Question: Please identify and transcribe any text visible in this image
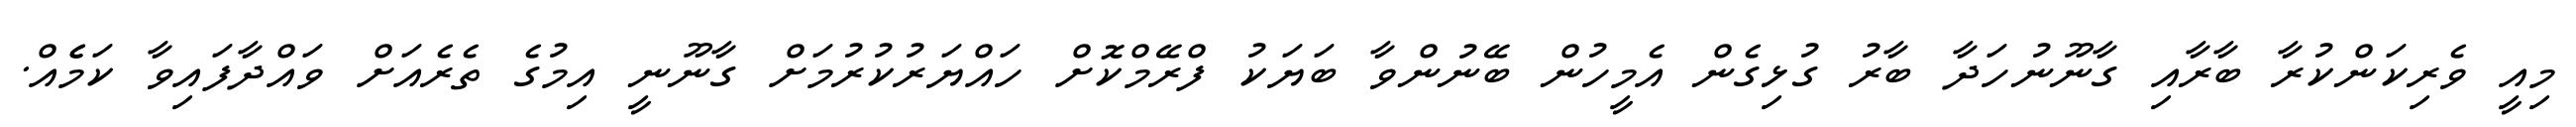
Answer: މިއީ ވެރިކަންކުރާ ބާރާއި ގާނޫނުހަދާ ބާރު ގުޅިގެން އެމީހުން ބޭނުންވާ ބަޔަކު ފްރޭމްކޮށް ހައްޔަރުކުރުމަށް ގާނޫނީ އިމުގެ ތެރެއަށް ވައްދާފައިވާ ކަމެެއް.